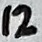
Text: 12